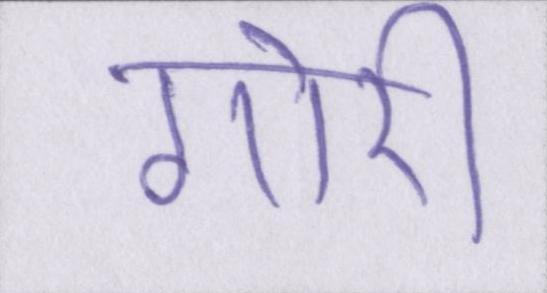
गोरी